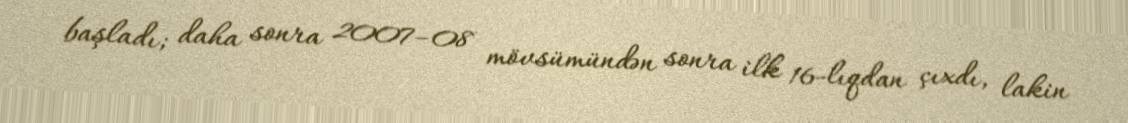
başladı; daha sonra 2007–08 mövsümündən sonra ilk 16-lıqdan çıxdı, lakin